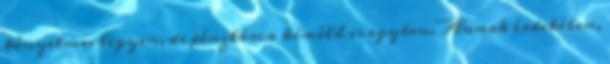
kényelmes legyen, de pénztárca kímélő is egyben. Annak érdekében,